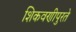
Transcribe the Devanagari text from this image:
शिकवणीपुरते